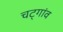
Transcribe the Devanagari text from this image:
चट्गांव